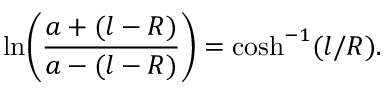
\ln \! \left( \frac { a + ( l - R ) } { a - ( l - R ) } \right) = \cosh ^ { - 1 } ( l / R ) .